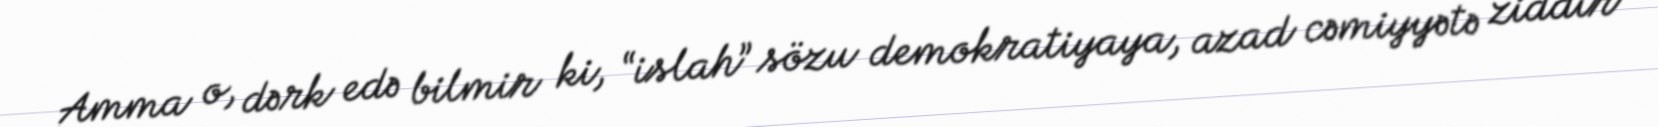
Amma o, dərk edə bilmir ki, “islah” sözu demokratiyaya, azad cəmiyyətə ziddir